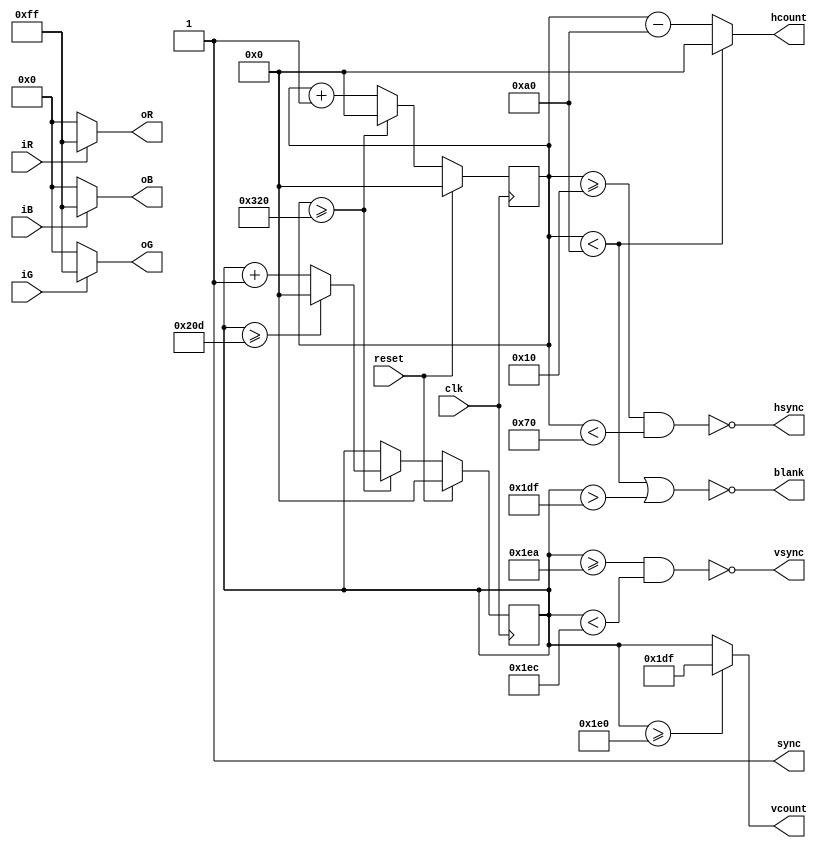
// Dominic Doty
// Mason Darveaux
// ECEN 5863
// Final Project
// Pong

// REFERENCE
// https://timetoexplore.net/blog/arty-fpga-vga-verilog-01

// VGA is 640x480

// 640 pixels per line
// 480 lines per image
// clock s/b 25.176 MHz
module vga(
	input clk, reset,
	input iR, iG, iB,
	output wire blank, sync,
	output [9:0] hcount, vcount,
	output hsync, vsync,
	output [7:0] oR, oG, oB);

	// timing parameters
	parameter res_horz = 640;
	parameter res_vert = 480;
	parameter front_porch_horz = 16;
	parameter back_porch_horz = 48;
	parameter sync_horz = 96;
	parameter total_blanking_horz = front_porch_horz + back_porch_horz + sync_horz;
	parameter total_horz = res_horz + front_porch_horz + back_porch_horz + sync_horz;
	parameter front_porch_vert = 10;
	parameter back_porch_vert = 33;
	parameter sync_vert = 2;
	parameter total_blanking_vert = front_porch_vert + back_porch_vert + sync_vert;
	parameter total_vert = res_vert + front_porch_vert + back_porch_vert + sync_vert;
	
	// Blank and Sync
	assign	sync	=	1'b1;																			// Not used
	
	// Feed through RGB signals
	assign oR = iR ? 8'hFF : 8'h00;
	assign oG = iG ? 8'hFF : 8'h00;
	assign oB = iB ? 8'hFF : 8'h00;
	
	// Create counters here for hscan and vscan
	reg [9:0] hcount_raw;
	reg [9:0] vcount_raw;
	
	// Sync Signals
	assign hsync = ~((hcount_raw >= front_porch_horz) & (hcount_raw < (front_porch_horz + sync_horz)));
	assign vsync = ~((vcount_raw >= (res_vert + front_porch_vert)) & (vcount_raw < (res_vert + front_porch_vert + sync_vert)));

	// Keep x and y wihtin active pixels
	assign hcount = (hcount_raw < total_blanking_horz) ? 10'h00 : (hcount_raw - total_blanking_horz);
	assign vcount = (vcount_raw >= res_vert) ? (res_vert - 10'h01) : vcount_raw;

	// Blanking Signal
	assign blank = ~((hcount_raw < total_blanking_horz) | (vcount_raw > res_vert-1));

	always @(posedge clk) begin
		if(reset) begin
			hcount_raw <= 0;
			vcount_raw <= 0;
		end
		else begin
			// Counters - Raw including sync
			hcount_raw <= hcount_raw + 1'b1;
			if(hcount_raw >= total_horz) begin
				hcount_raw <= 0;
				vcount_raw <= vcount_raw + 1'b1;
				if(vcount_raw >= total_vert) begin
					vcount_raw <= 0;
				end
			end
		end
	end
endmodule